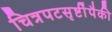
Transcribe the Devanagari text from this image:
चित्रपटसृष्टींपैकी